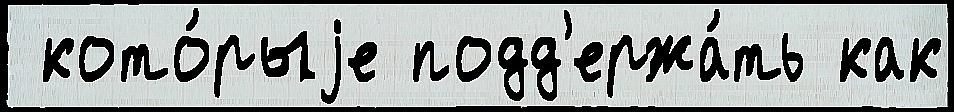
 кото́рыjе подд'ержа́ть как